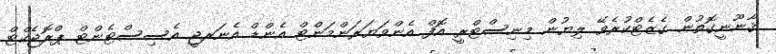
ޤާނޫނީގޮތުން ގެޒެޓްކުރެވޭ ލިޔުން މިނިސްޓްރީ އޮފް އެންވަޔަރަންމަންޓް އެންޑް އެނަރޖީ އެސިސްޓެންޓް ޕްރޮޖެކްޓް